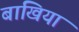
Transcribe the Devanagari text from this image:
बाखिया